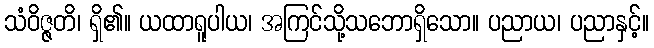
သံဝိဇ္ဇတိ၊ ရှိ၏။ ယထာရူပါယ၊ အကြင်သို့သဘောရှိသော။ ပညာယ၊ ပညာနှင့်။